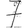
Digit: 7